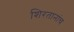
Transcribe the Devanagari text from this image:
शिरतानांच